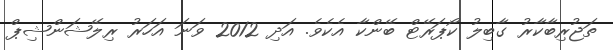
ތަޖުރިބާކާރު ގާބިލު ކޯޕަރޭޓް ބޭންކާ އެކެވެ. އަދި 2012 ވަނަ އަހަރު ރިލޭޝަންޝިޕް